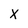
Character: x